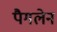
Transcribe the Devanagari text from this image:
पैगलेन